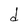
Character: d